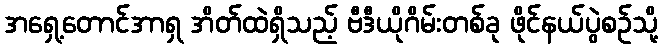
အရှေ့တောင်အာရှ အိတ်ထဲရှိသည့် ဗီဒီယိုဂိမ်းတစ်ခု ဖိုင်နယ်ပွဲစဉ်သို့